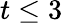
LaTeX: t\leq 3